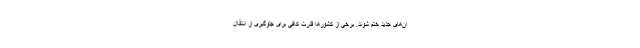
ان‌های جدید ختم شوند. برخی از کشورها قدرت کافی برای جلوگیری از انتقال